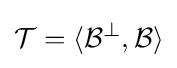
{\mathcal {T}}=\langle {\mathcal {B}}^{\perp },{\mathcal {B}}\rangle